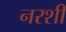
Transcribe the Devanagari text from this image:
नरशी